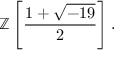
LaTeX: \mathbb { Z } \left[ { \frac { 1 + { \sqrt { - 1 9 } } } { 2 } } \right] .